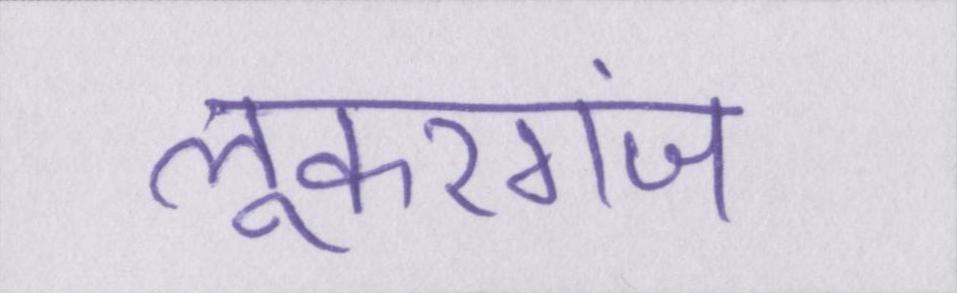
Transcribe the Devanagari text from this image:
लूकरगंज